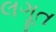
લગૂત